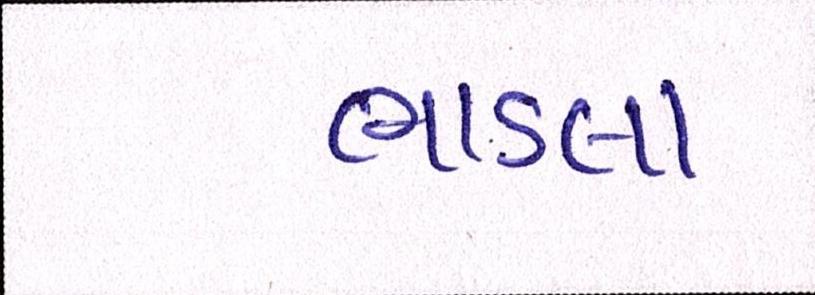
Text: ભાડલા